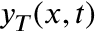
y _ { T } ( x , t )